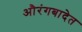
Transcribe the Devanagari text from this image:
औरंगबादेत